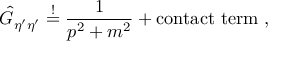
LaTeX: \hat { G } _ { \eta ^ { \prime } \eta ^ { \prime } } \stackrel { ! } { = } \frac { 1 } { p ^ { 2 } + m ^ { 2 } } + \mathrm { c o n t a c t ~ t e r m } \; ,